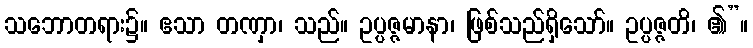
သဘောတရား၌။ ဧသာ တဏှာ၊ သည်။ ဥပ္ပဇ္ဇမာနာ၊ ဖြစ်သည်ရှိသော်။ ဥပ္ပဇ္ဇတိ၊ ၏”။